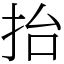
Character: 抬